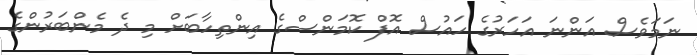
ނަމަވެސް އަންނަ އަހަރުގެ ހައުސް އޮފް ކޮމަންސްގެ އިންތިހާބަށް މި ދެ މެންބަރުންގެ